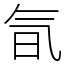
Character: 氜